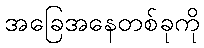
အခြေအနေတစ်ခုကို